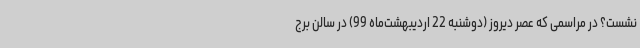
نشست؟ در مراسمی که عصر دیروز (دوشنبه 22 اردیبهشت‌ماه 99) در سالن برج